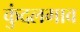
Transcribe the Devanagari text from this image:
कुंदलगाव